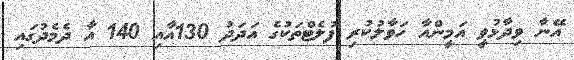
އޭނާ ވިދާޅުވީ އަމީންއާ ހަވާލުކުރި ފުލެޓްތަކުގެ އަދަދު 130އާއި 140 އާ ދެމެދުގައި